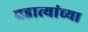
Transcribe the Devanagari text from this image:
चहात्यांच्या